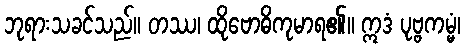
ဘုရားသခင်သည်။ တဿ၊ ထိုဗောဓိကုမာရ၏။ ဣဒံ ပုဗ္ဗကမ္မံ၊